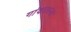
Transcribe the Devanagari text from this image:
गांवातल्या